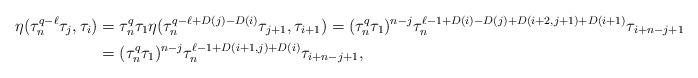
LaTeX: \begin{align*}\eta(\tau_n^{q-\ell}\tau_j, \tau_i) &=\tau_n^q\tau_1\eta(\tau_n^{q-\ell+D(j)-D(i)}\tau_{j+1},\tau_{i+1})=(\tau_n^q\tau_1)^{n-j}\tau_n^{\ell-1+D(i)-D(j)+D(i+2,j+1)+D(i+1)}\tau_{i+n-j+1} \\ &=(\tau_n^q\tau_1)^{n-j}\tau_n^{\ell-1+D(i+1,j)+D(i)}\tau_{i+n-j+1},\end{align*}